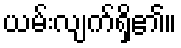
ယမ်းလျက်ရှိ၏။